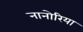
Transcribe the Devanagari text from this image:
नानोरिया